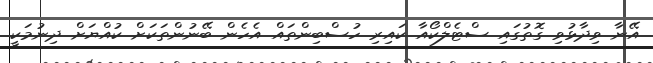
އޭނާ ވިދާޅުވި ގޮތުގައި ސްޓެލްކޯއާ ކައިރި ހުސްބިންތައް އެހެން ބޭނުންތަކަށް ކުއްޔަށް ދިނުމަކީ